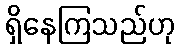
ရှိနေကြသည်ဟု